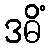
ဒဓိံ